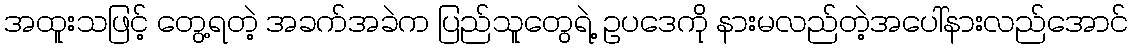
အထူးသဖြင့် တွေ့ရတဲ့ အခက်အခဲက ပြည်သူတွေရဲ့ ဥပဒေကို နားမလည်တဲ့အပေါ်နားလည်အောင်